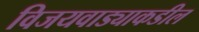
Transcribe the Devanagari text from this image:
विजयवाड्याकडील